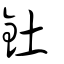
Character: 釷